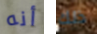
أنه ذلك